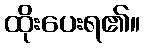
ထိုးပေးရ၏။